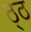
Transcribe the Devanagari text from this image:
ठ्ठ